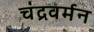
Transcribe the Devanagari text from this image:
चंद्रवर्मन